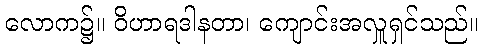
လောက၌။ ဝိဟာရဒါနတာ၊ ကျောင်းအလှူရှင်သည်။